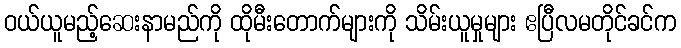
ဝယ်ယူမည့်ဆေးနာမည်ကို ထိုမီးတောက်များကို သိမ်းယူမှုများ ဧပြီလမတိုင်ခင်က